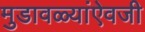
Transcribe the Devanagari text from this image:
मुडावळ्यांऐवजी